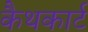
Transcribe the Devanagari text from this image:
कैथकार्ट